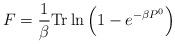
LaTeX: \begin{align*}F= \frac{1}{\beta}{\rm Tr}\ln\left( 1-e^{-\beta P^0}\right)\end{align*}